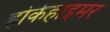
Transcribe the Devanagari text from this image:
होर्कहाइमर